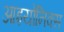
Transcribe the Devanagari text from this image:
आइयोनिक्स